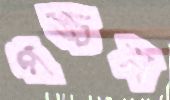
পঙ্চম